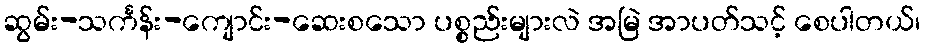
ဆွမ်း-သင်္ကန်း-ကျောင်း-ဆေးစသော ပစ္စည်းများလဲ အမြဲ အာပတ်သင့် စေပါတယ်၊